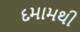
દમામથી